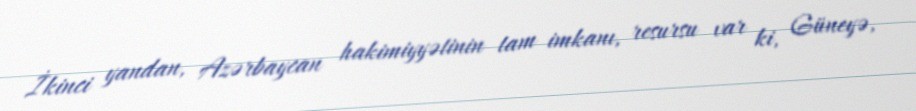
İkinci yandan, Azərbaycan hakimiyyətinin tam imkanı, resursu var ki, Güneyə,